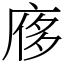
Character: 㢋